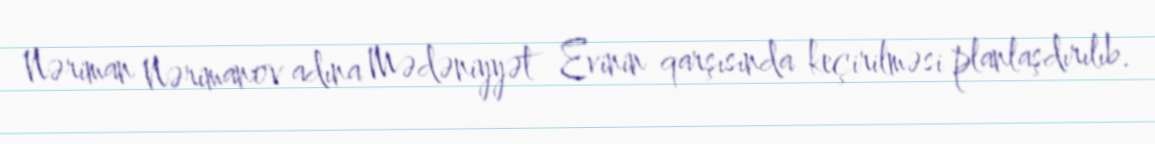
Nəriman Nərimanov adına Mədəniyyət Evinin qarşısında keçirilməsi planlaşdırılıb.